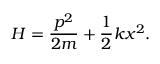
H = { \frac { p ^ { 2 } } { 2 m } } + { \frac { 1 } { 2 } } k x ^ { 2 } .